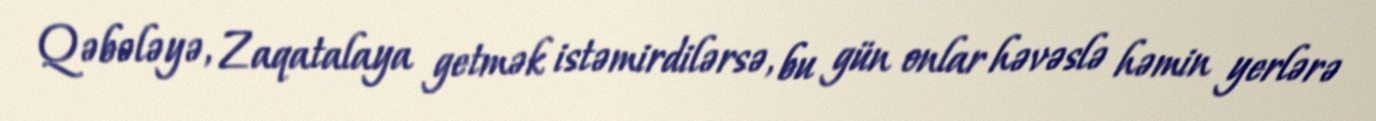
Qəbələyə, Zaqatalaya getmək istəmirdilərsə, bu gün onlar həvəslə həmin yerlərə